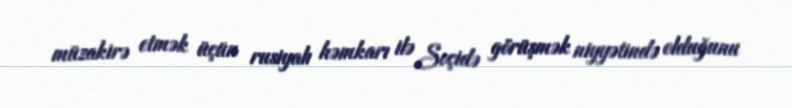
müzakirə etmək üçün rusiyalı həmkarı ilə Soçidə görüşmək niyyətində olduğunu